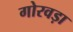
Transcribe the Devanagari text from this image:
गोरवड़ा